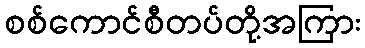
စစ်ကောင်စီတပ်တို့အကြား